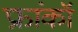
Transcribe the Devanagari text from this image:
फ्रांकॉ